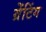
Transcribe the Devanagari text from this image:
ग्रेंटिंग